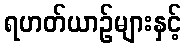
ရဟတ်ယာဉ်များနှင့်